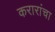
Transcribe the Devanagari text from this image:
करारांचा